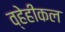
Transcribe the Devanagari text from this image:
व्हेहीकल